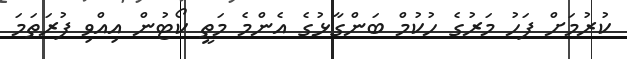
ކުރުމަށް ފަހު މަރުގެ ހުކުމް ބަންގާޅުގެ އެންމެ މަތީ ކޯޓުން އިއްވި ފުރަތަމަ